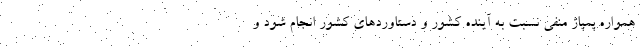
همواره پمپاژ منفی نسبت به آینده کشور و دستاوردهای کشور انجام شود و